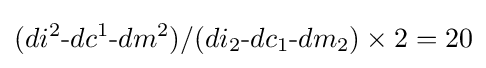
(di^{2}{\text{-}}dc^{1}{\text{-}}dm^{2})/(di_{2}{\text{-}}dc_{1}{\text{-}}dm_{2})\times 2=20